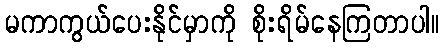
မကာကွယ်ပေးနိုင်မှာကို စိုးရိမ်နေကြတာပါ။